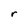
Character: r